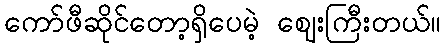
ကော်ဖီဆိုင်တော့ရှိပေမဲ့ ဈေးကြီးတယ်။